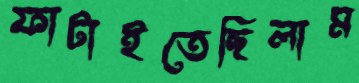
ফাটাইতেছিলাম